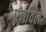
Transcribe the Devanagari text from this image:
एनावले